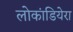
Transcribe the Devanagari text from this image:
लोकांडियेरा